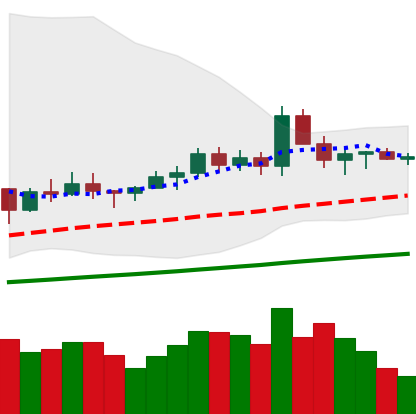
Ticker: ETC-USD
Chart end date: 2021-03-19
Forward return: -7.155%
Label: down_7plus